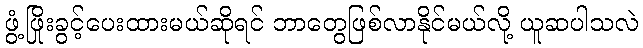
ဖွံ့ဖြိုးခွင့်ပေးထားမယ်ဆိုရင် ဘာတွေဖြစ်လာနိုင်မယ်လို့ ယူဆပါသလဲ